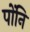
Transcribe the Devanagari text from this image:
पोंनि